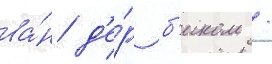
ва́н д'е́р б'иком /